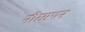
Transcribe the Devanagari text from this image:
नीरसपन